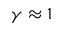
\gamma \approx 1